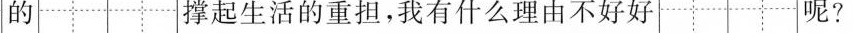
撑起生活的重担，我有什么理由不好好 呢？